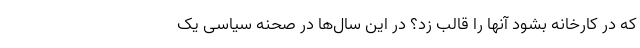
که در کارخانه بشود آنها را قالب زد؟ در این سال‌ها در صحنه سیاسی یک